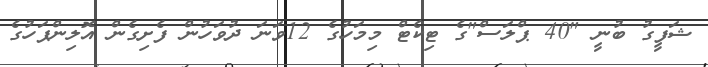
ޝަފީގު ބުނީ "40 ޕްލަސް"ގެ ޓިކެޓް މިމަހުގެ 12ވަނަ ދުވަހުން ފެށިގެން އޮލިންޕަހުގެ